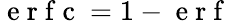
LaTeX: \mathrm{~e~r~f~c~}=1-\mathrm{~e~r~f~}